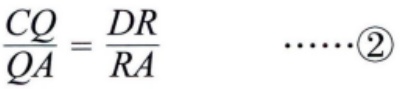
\(\frac{CQ}{QA}=\frac{DR}{RA}\)  \(\cdots\cdots\textcircled{2}\)